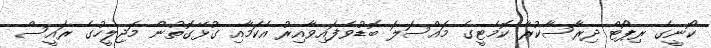
ކޯނީގެ ރިޕޯޓް ދިރާސާކުރާ ކޮމެޓީގެ މައްސަލަ ބޮޑުވެފައިވާއިރު އެކަމާއި ގުޅޭގޮތުން މަޖިލީހުގެ ރައީސް